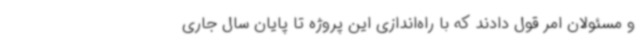
و مسئولان امر قول دادند که با راه‌اندازی این پروژه تا پایان سال جاری